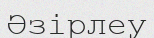
Әзірлеу